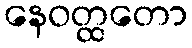
နေဝတ္ထတော